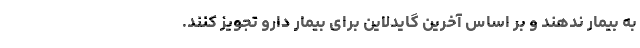
به بیمار ندهند و بر اساس آخرین گایدلاین برای بیمار دارو تجویز کنند.